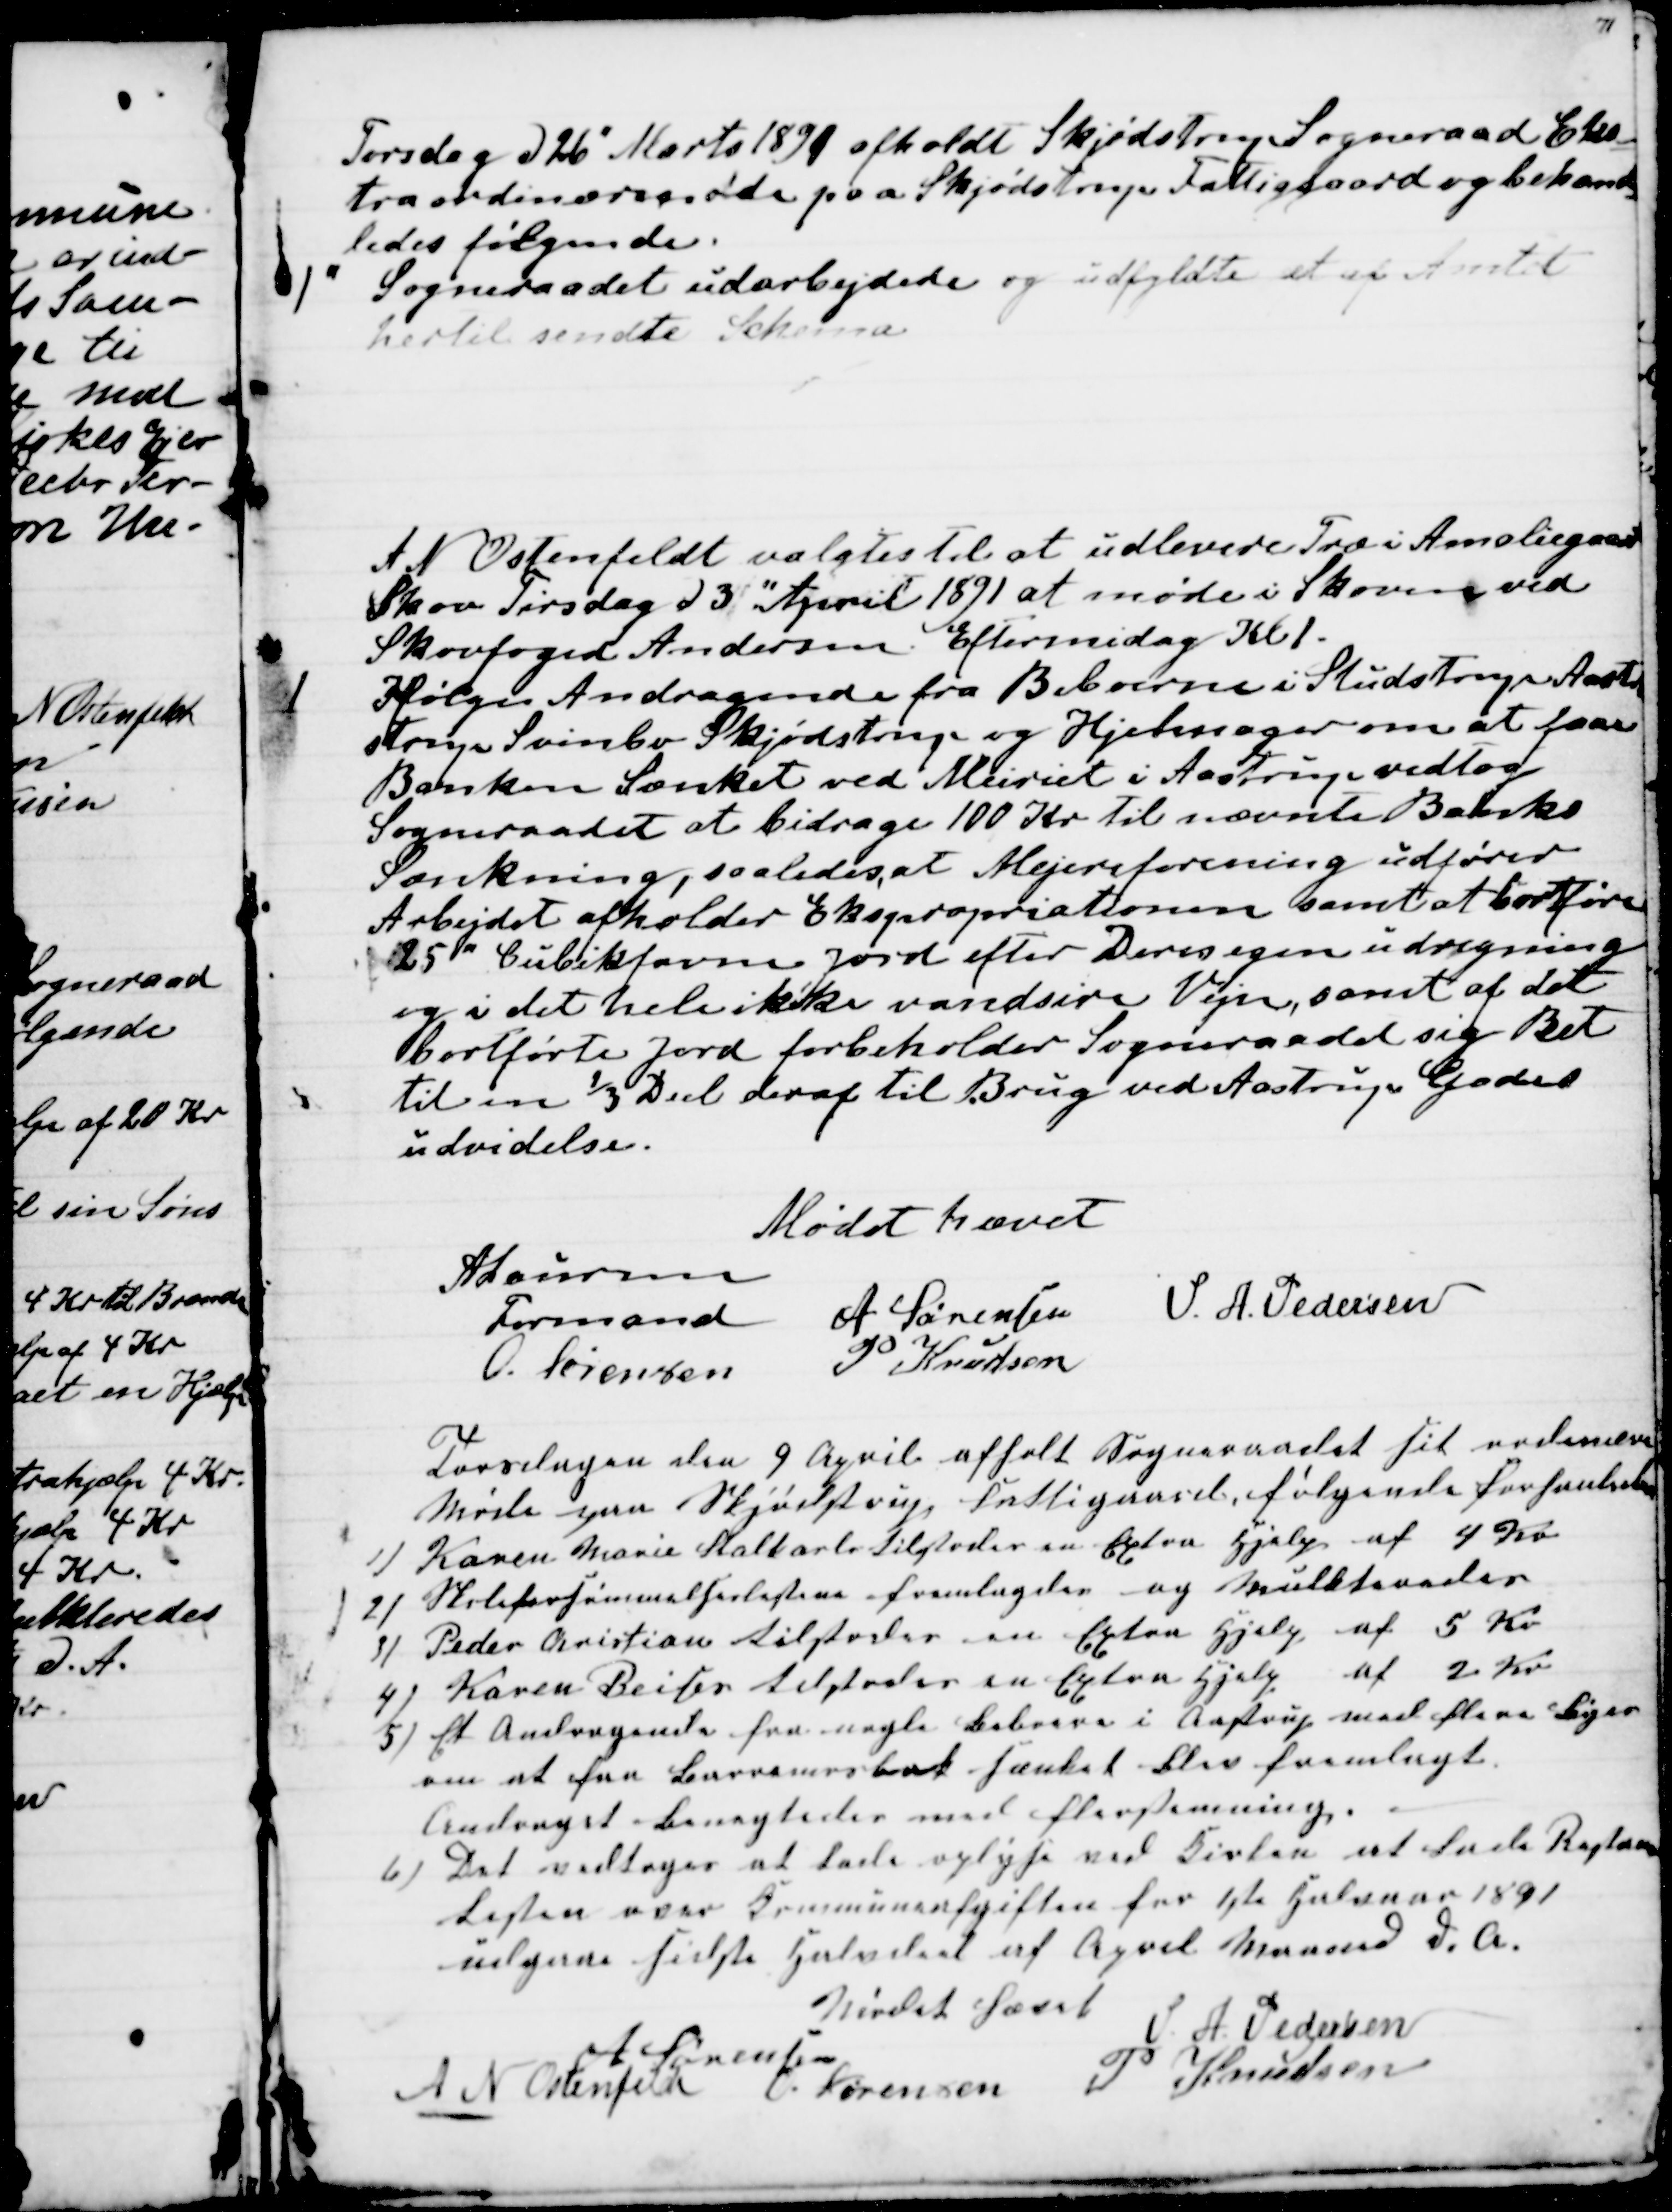
Transskription:
Torsdag d 26" Marts 1891 afholdt Skjødstrup Sogneraad Eks-
traordinærmøde paa Skjødstrup Fattiggaard og behand-
ledes følgende.
1
Sogneraadet udarbejdede og udfyldte et af Amtet
hertil sendte Schema
A N Ostenfeldt valgtes til at udlevere Træ i Amaliegaard
Skov Tirsdag d 3" April 1891 at møde i Skoven ved
Skovfoged Andersen Eftermidag Kl 1.
1
Ifølge Andragende fra Beboerne i Studstrup Aa-
strup Svinbo Skjødstrup og Hjelmager om at faae
Bænken Sænket ved Meiriet i Aastrup vedtog
Sogneraadet at bidrage 100 Kr til nævnte Bænks
Sænkning, saaledes at Mejeriforening udfører
Arbejdet afholder Ekspropriationen samt at bortføre
25" Cubikfavne Jord efter Deres egen udregning
og i det hele ikke vandsire Vejen, samt af det
bortførte Jord forbeholder Sogneraadet sig Ret
til en ⅓ Deel deraf til Brug ved Aastrup Gades
udvidelse.
Mødet hævet
A Laursen
Formand
A Sørensen S. A. Pedersen
O. Sørensen
P Knudsen
Torsdagen den 9 April afholt Sogneraadet sit ordinære
Møde paa Skjødstrup Fattigaard følgende forhanledes
1)
Karen Marie Stalkarls tilstodes en Extra hjælp af 4 Kr.
2
Skoleforsømmelseslistene fremlagdes og Mulkteredes
3) Peder Christian tilstodes en Extra Hjelp af 5 Kr
4)
Karen Beiser tilstodes en Extra Hjelp af 2 Kr
5) 
Et Andragende fra nogle Beboere i Aastrup med flere Byer
om at faa Barremesbænk sænket blev fremlagt.
Andraget Benægtedes med Flerstemning.
6) Det vedtoges at lade oplyse ved Kirken at Lade Restance-
Listen over Kommuneafgiften for 1ste Halvaar 1891
udgaae sidste Halvdeel af April Maaned d. A.
Mødet hævet
A Sørensen
S. A. Pedersen
A N Ostenfeldt O. Sørensen P Knudsen